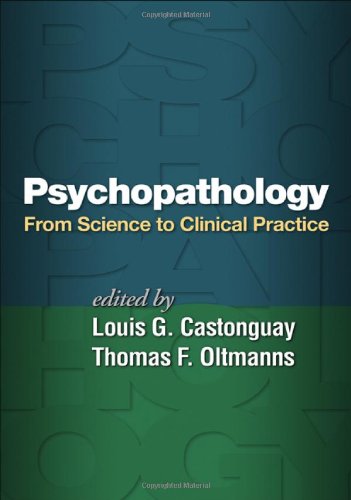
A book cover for Psychopathology: From Science to Clinical Practice; Medical Books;